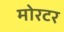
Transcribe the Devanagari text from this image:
मोरटर